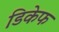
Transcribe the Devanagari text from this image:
डिकेफ